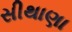
સીથાણા